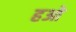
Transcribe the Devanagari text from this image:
हओ